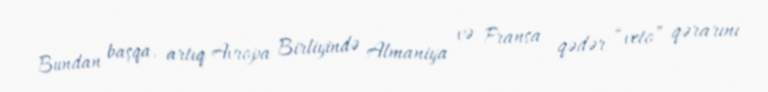
Bundan başqa, artıq Avropa Birliyində Almaniya və Fransa qədər “veto” qərarını